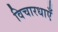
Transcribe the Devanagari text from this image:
विचारधाएँ